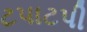
ટપાટપી